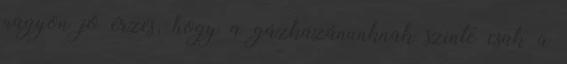
nagyon jó érzés, hogy a gázkazánunknak szinte csak a